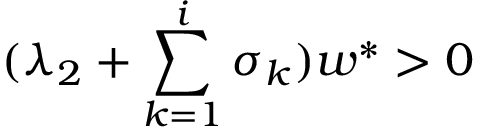
( \lambda _ { 2 } + \sum _ { k = 1 } ^ { i } \sigma _ { k } ) w ^ { \ast } > 0